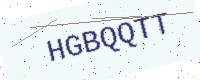
Text: HGBQQTT